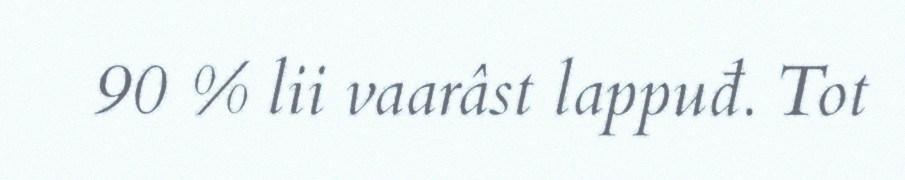
90 % lii vaarâst lappuđ. Tot